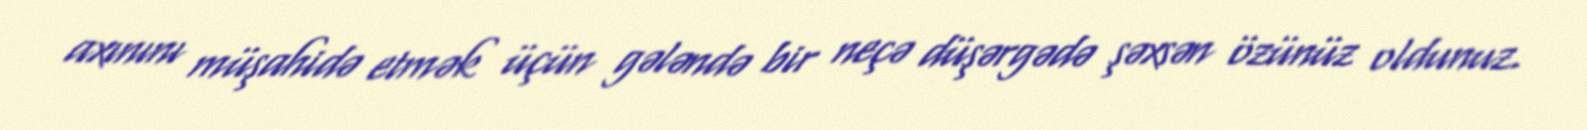
axınını müşahidə etmək üçün gələndə bir neçə düşərgədə şəxsən özünüz oldunuz.